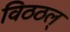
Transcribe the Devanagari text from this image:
विठठल्